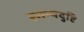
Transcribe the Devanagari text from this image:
स्तन्यदुष्टि